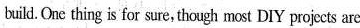
build. One thing is for sure,though most DIY projects are